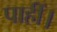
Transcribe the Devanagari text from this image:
पाहीं।